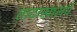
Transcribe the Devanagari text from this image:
ताटाखालचे